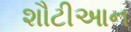
શૌટીઆન